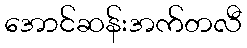
အောင်ဆန်းအက်တလီ